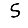
Digit: 5